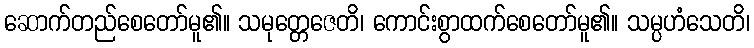
ဆောက်တည်စေတော်မူ၏။ သမုတ္တေဇေတိ၊ ကောင်းစွာထက်စေတော်မူ၏။ သမ္ပဟံသေတိ၊